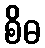
စိဓ